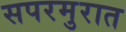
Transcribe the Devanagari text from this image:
सपरमुरात